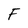
Character: F